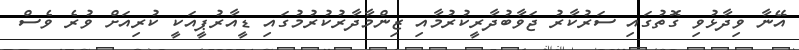
އޭނާ ވިދާޅުވި ގޮތުގައި ސަރުކާރު ޖަވާބުދާރީކުރުމާއި ޒިންމާދާރުކުރުމުގައި ޑީއާރުޕީއަކީ ކުރިއަށް ވުރެ ވެސް